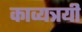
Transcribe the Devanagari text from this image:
काव्यत्रयी